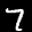
Label: 7